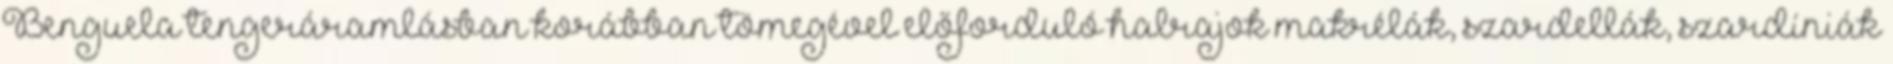
Benguela tengeráramlásban korábban tömegével előforduló halrajok makrélák, szardellák, szardíniák